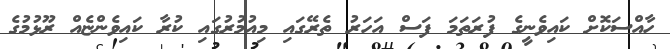
ހާއްސަކޮށް ކައިވެނީގެ ފުރަތަމަ ފަސް އަހަރު ތެރޭގައި މިއުމުރުގައި ކުރާ ކައިވެންޏެއް ރޫޅުމުގެ